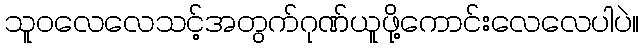
သူဝလေလေသင့်အတွက်ဂုဏ်ယူဖို့ကောင်းလေလေပါပဲ။